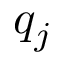
q _ { j }